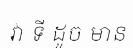
វា ទី ដូច មាន